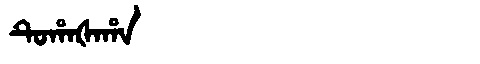
Manchu: ᡨᡠᡥᠠᡧᠠᡥᠠ
Romanization: TUHAŠAHA